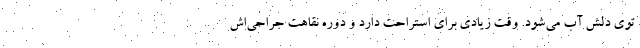
توی دلش آب می‌شود. وقت زیادی برای استراحت دارد و دوره نقاهت جراحی‌اش